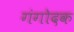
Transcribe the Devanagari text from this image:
गंगोदक